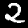
Digit: 2